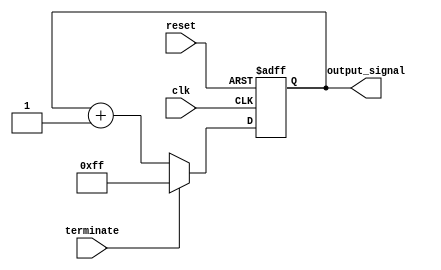
module repeat_loop (
    input wire clk,              // Clock signal
    input wire reset,            // Reset signal
    input wire terminate,        // Termination signal
    output reg [7:0] output_signal // Example output signal
);

    // Initialization
    initial begin
        output_signal = 8'h00; // Initial value
    end

    // Infinite loop implementation
    always @(posedge clk or posedge reset) begin
        if (reset) begin
            output_signal <= 8'h00; // Reset output signal
        end else if (terminate) begin
            // Optionally handle termination
            output_signal <= 8'hFF; // Set output to a termination value
        end else begin
            // Repeatable block of code
            // Example: Increment output signal continuously
            output_signal <= output_signal + 1;
        end
    end

endmodule